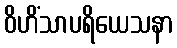
ဝိဟိံသာပရိယေသနာ